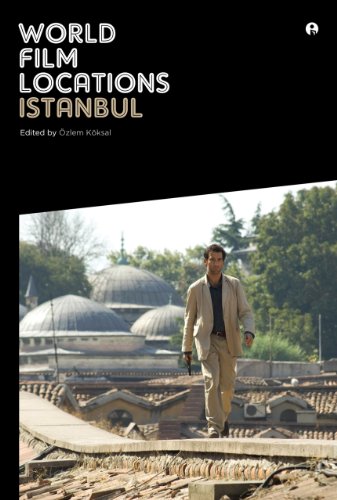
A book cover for World Film Locations: Istanbul (Intellect Books - World Film Locations); Travel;